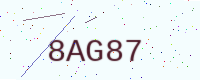
Text: 8AG87